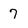
Character: 7